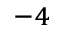
^ { - 4 }